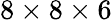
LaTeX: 8\times 8\times 6